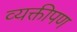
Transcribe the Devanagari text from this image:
व्यक्तीपण